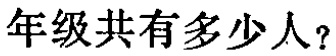
年级共有多少人？